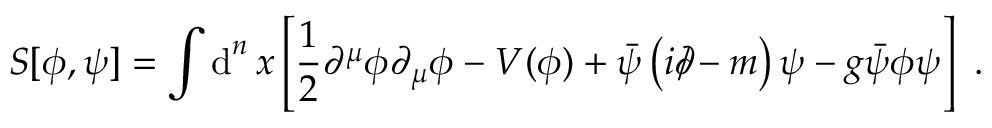
S [ \phi , \psi ] = \int \operatorname { d } ^ { n } x \left[ { \frac { 1 } { 2 } } \partial ^ { \mu } \phi \partial _ { \mu } \phi - V ( \phi ) + { \bar { \psi } } \left( i \partial \! \! \! / - m \right) \psi - g { \bar { \psi } } \phi \psi \right] ~ .